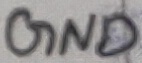
Text: GND